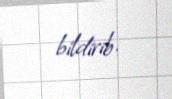
bildirib.